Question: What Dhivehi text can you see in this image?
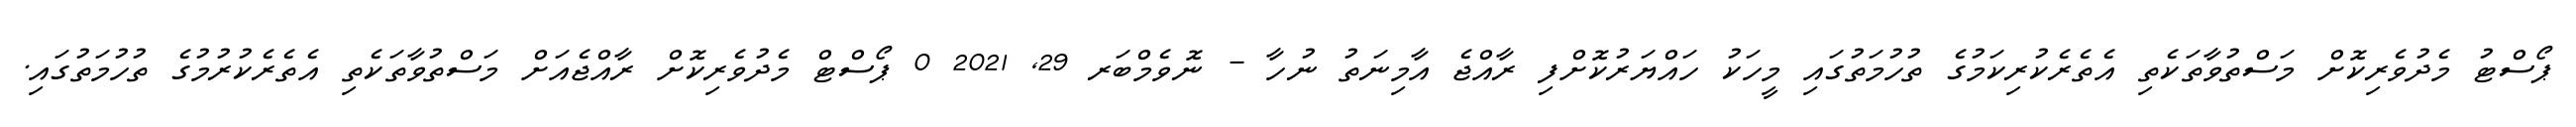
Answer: ޕޯސްޓު މެދުވެރިކޮށް މަސްތުވާތަކެތި އެތެރެކުރިކަމުގެ ތުހުމަތުގައި މީހަކު ހައްޔަރުކޮށްފި ރާއްޖެ އާމިނަތު ނުހާ - ނޮވެމްބަރ 29, 2021 0 ޕޯސްޓް މެދުވެރިކޮށް ރާއްޖެއަށް މަސްތުވާތަކެތި އެތެރެކުރުމުގެ ތުހުމަތުގައި.